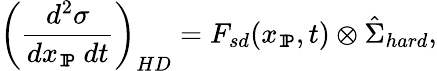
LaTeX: \left(\frac{d^{2}\sigma}{dx_{\tt I\! P}\ dt}\right)_{HD}=F_{sd}(x_{\tt I\! P},t)\otimes{\hat{\Sigma}}_{hard},